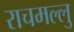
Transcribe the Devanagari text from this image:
राचमल्लु